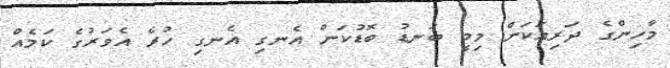
މާހިންގެ ދަރިއަކަށް މިމީ ބަނޑު ބޮޑުކަން އެނގި އެނގި ހުރެ އެވަރުގެ ކަމެއް